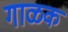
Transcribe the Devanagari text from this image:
गाळक